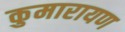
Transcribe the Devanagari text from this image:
कुमारायण